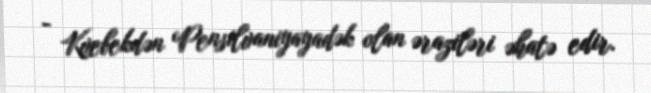
- Kvebekdən Pensilvaniyayadək olan əraziləri əhatə edir.